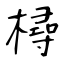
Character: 樳